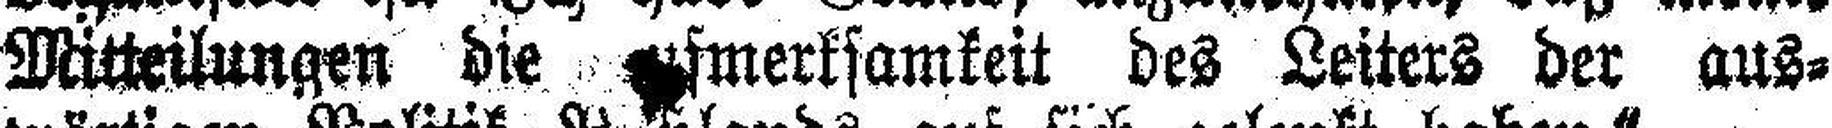
Mitteilungen die ###fmerksamkeit des Leiters der aus¬